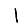
Digit: 1